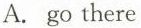
A. go there